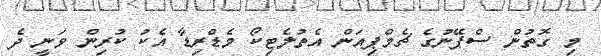
މި ގޮތުން ސްޕޭނުގެ ޗެމްޕިއަން އެތުލެޓިކޯ މެޑްރިޑާ އެކު ކުރިން ވަނީ ދެ